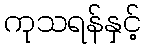
ကုသရန်နှင့်